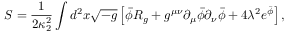
S = { \frac { 1 } { 2 \kappa _ { 2 } ^ { 2 } } } \int d ^ { 2 } x \sqrt { - g } \left[ \bar { \phi } { \cal R } _ { g } + g ^ { \mu \nu } \partial _ { \mu } \bar { \phi } \partial _ { \nu } \bar { \phi } + 4 \lambda ^ { 2 } e ^ { \bar { \phi } } \right] ,